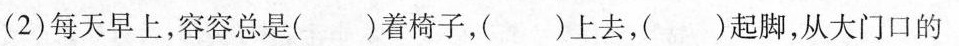
(2)每天早上，容容总是( )着椅子，( )上去，( )起脚，从大门口的